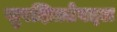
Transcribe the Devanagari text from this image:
सुरक्षिततेबद्दल